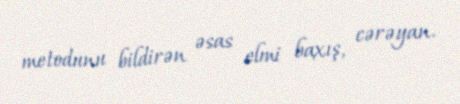
metodunu bildirən əsas elmi baxış, cərəyan.